system: You are a helpful assistant.
user:
Analyze the provided spectrum to determine if it is a **M-type Giant (gM)**.

A M-type Giant spectrum is defined by its **strong molecular absorption** features, particularly from **Titanium Oxide (TiO)**. You must check for one of the following mutually exclusive signatures:

- **Key Visual Indicators (Absorption-Dominated Spectrum):**

    - **(Primary):** The spectrum is dominated by strong molecular absorption from **Titanium Oxide (TiO)**. This is the **defining feature** of its M-type temperature class.
        - **(Key Bandheads):** Look for sharp, "saw-tooth" absorption valleys. The strongest are located near **~7050 Å**, **~6160 Å**, and **~5170 Å**.
        - **(Line Profile):** The "saw-tooth" morphology is critical: a **sharp, steep drop on the BLUE (short-wavelength) side** of the bandhead, followed by a gradual recovery (rising flux) towards the RED (long-wavelength) side.

    - **(Key Confirmation - Giant vs. Dwarf):** **ABSENCE** of strong **Calcium Hydride (CaH)** molecular bands. This is the primary diagnostic for *excluding* M-dwarfs.
        - **(Key Region):** The spectrum should lack the strong, broad absorption band seen in dwarfs between **~6800 Å and ~7000 Å**.

    - **(Secondary Confirmation - Giant):** A very strong and broad **Neutral Calcium (Ca I)** atomic absorption line.
        - **(Key Line):** Located at **~4226 Å**. In a giant (gM), this line is significantly deeper and broader than the same line in an M-dwarf (dM) due to low surface gravity.

    - **(Overall Spectrum):**
        - The continuum is **extremely red-sloping** (i.e., flux is very low in the blue and rises dramatically towards the red).
        - The entire spectrum appears "chopped up" by the deep TiO bands.

Think first, call **spectral_visualization_tool** if needed to examine features in detail, then provide your final answer. Your response must adhere to the following strict rules:
1.  **Overall Structure:** Your response must follow the format `<think>...</think> <tool_call>...</tool_call> (if a tool is used) <answer>...</answer>`.
2.  **Tool Usage Constraint:** You may only make **one** tool call per turn.
3.  **Final Answer Format:** In the `<answer>` tag, your conclusion must be inside a `\boxed{}` command (e.g., `\boxed{YES}` or `\boxed{NO}`), followed by your justification.

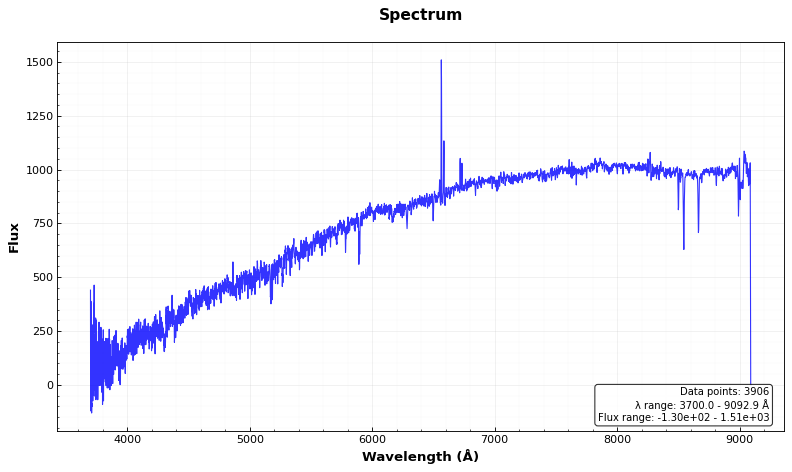
Answer: NO